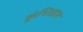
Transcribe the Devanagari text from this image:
कुंभिरग्राम